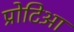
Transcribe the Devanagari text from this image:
प्रोटिआ